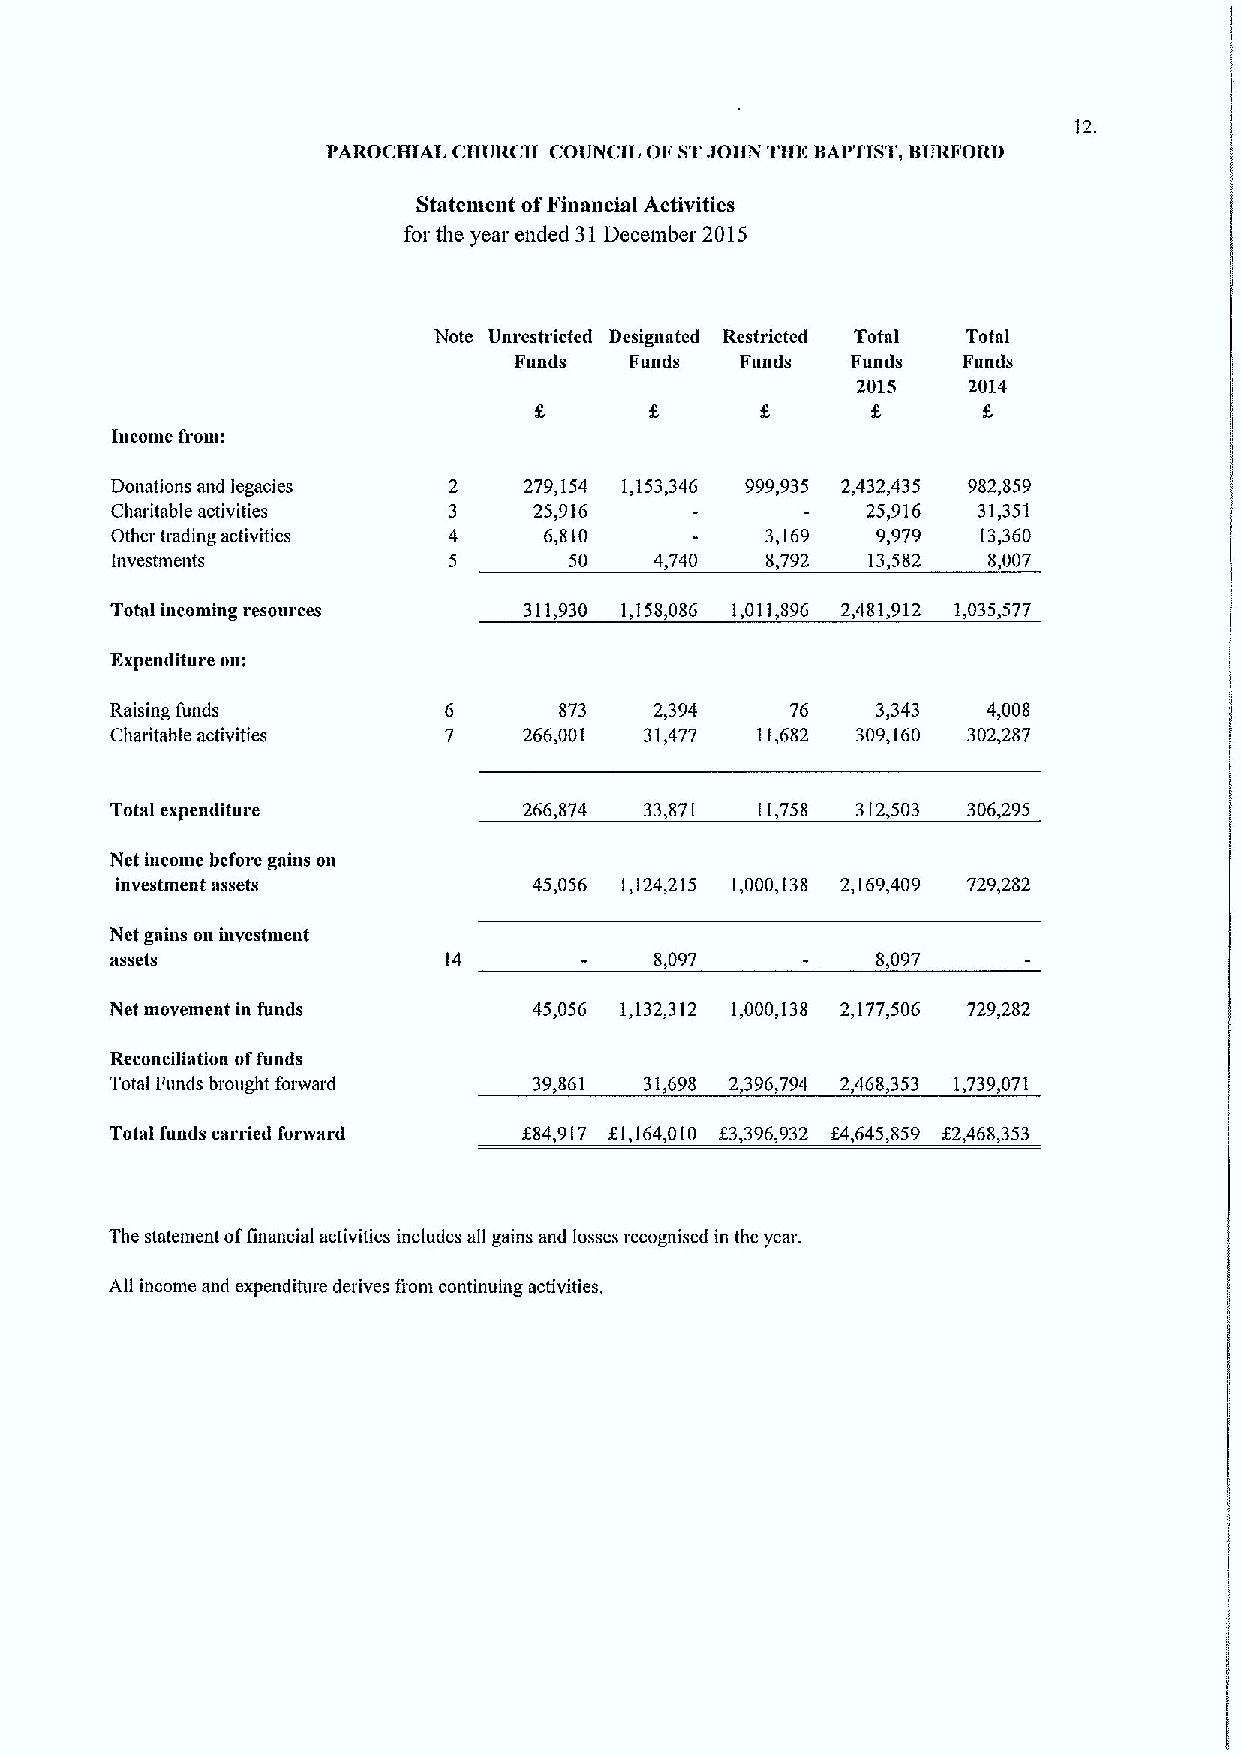
12.
 PAROCHIAL CHURCH COVNCIL OF STJOHN THE BAPTIST,BURFORD
 Statement ofFinancial Activities
 for the year ended 31December 2015
 Note Varestricted Designated Restricted Total Total
 Funds   Funds  Funds  Funds   Funds
 2015   2014
 Income from:
 Donations and legacies 2    279,154 1,153,346 999,935 2,432,435 982,859
 Charitable activities  3    25,916                25,916  31,351
 Other trading activities 4   6,810          3,169  9,979  13,360
 iilvcs'tmeilts         5       50   4,740   8,792 13,582  8,007
 Total incoming resources    311,930 1,158,086 1,011,896 2,481,912 1,035,577
 Expenditure ou:
 Raising funds         6       873   2,394    76    3,343  4,008
 Charitable activities 7     266,001 31,477 11,682 309,160 302,287
 Total expenditure           266,874 33,871 11,758 312,503 306,295
 Net income before gains on
 investment assets          45,056 1,124,215 1,000,138 2,169,409 729,282
 Net gains on investment
 assets                14            8,097          8,097
 Net movement in funds       45,056 1,132,312 1,000,138 2,177,506 729,282
 Reconciliation offunds
 Total Funds brought forward 39,861  31,698 2,396,794 2,468,353 1,739,071
 Total funds carried forivard 884,917 f 1,164,010 f 3,396,932 84,645,859 X2,468,353
 The statement offinancial activities includes all gains and losses recognised in the year.
 All income and expenditure derives fiom continuing activities.